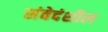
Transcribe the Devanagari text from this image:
संवेदंशील